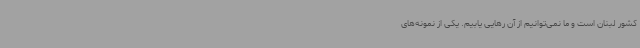
کشور لبنان است و ما نمی‌توانیم از آن رهایی یابیم. یکی از نمونه‌های